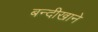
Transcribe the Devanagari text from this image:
बन्दीखाने